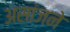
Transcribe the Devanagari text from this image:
असांजने